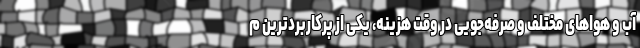
آب و هواهای مختلف و صرفه‌جویی در وقت هزینه، یکی از پرکاربردترین م